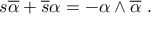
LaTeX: s \overline { { { \alpha } } } + \overline { { { s } } } \alpha = - \alpha \wedge \overline { { { \alpha } } } ~ .